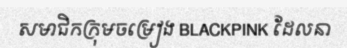
សមាជិកក្រុមចម្រៀង BLACKPINK ដែលនា